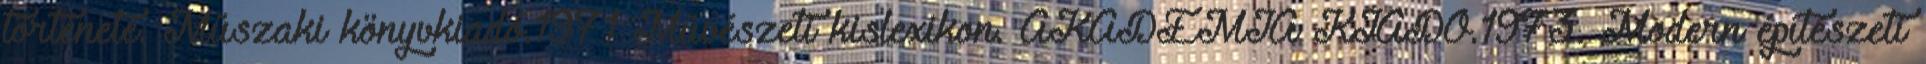
története. Műszaki könyvkiadó.1971 Művészeti kislexikon. AKADÉMIA KIADÓ.1973. Modern építészeti